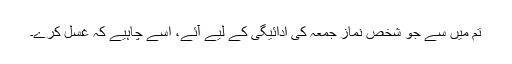
تم میں سے جو شخص نماز جمعہ کی ادائیگی کے لیے آئے، اسے چاہیے کہ غسل کرے۔